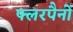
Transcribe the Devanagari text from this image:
फ्लरपैनों